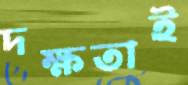
দক্ষতাই